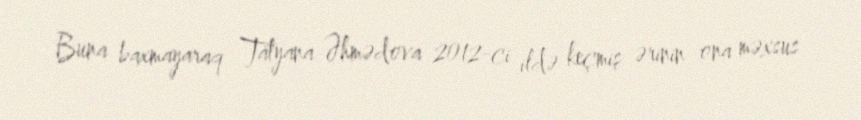
Buna baxmayaraq Tatyana Əhmədova 2012-ci ildə keçmiş ərinin ona məxsus